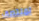
لمنتصف